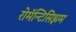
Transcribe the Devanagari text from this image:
रोमॅन्टिसिझम